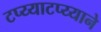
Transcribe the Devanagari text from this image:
टप्य्याटप्य्याने